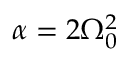
\alpha = 2 \Omega _ { 0 } ^ { 2 }